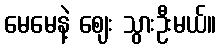
မေမေနဲ့ ဈေး သွားဦးမယ်။